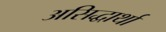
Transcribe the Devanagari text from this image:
असिद्धार्था